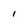
Character: I